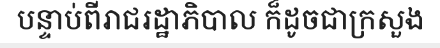
បន្ទាប់ពីរាជរដ្ឋាភិបាល ក៏ដូចជាក្រសួង